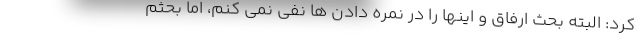
کرد: البته بحث ارفاق و اینها را در نمره دادن ها نفی نمی کنم، اما بحثم